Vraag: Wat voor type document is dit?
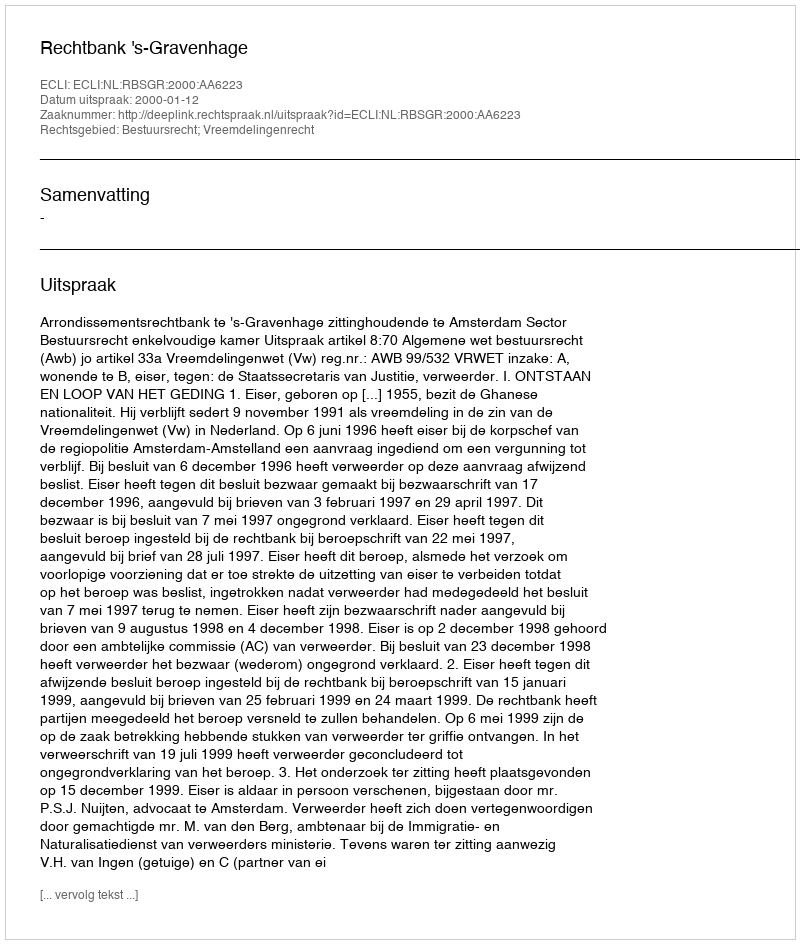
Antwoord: Uitspraak